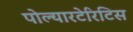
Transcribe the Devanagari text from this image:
पोल्यारटेरिटिस